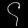
Digit: ၄